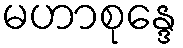
မဟာစုန္ဒေ